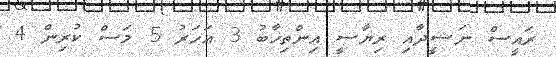
ރައީސް ނަޝީދާއި ރިޔާސީ އިންތިޚާބު 3 އަހަރު 5 މަސް ކުރިން 4